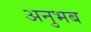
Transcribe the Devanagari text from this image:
अनुभब